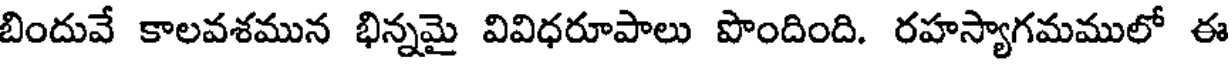
బిందువే కాలవశమున భిన్నమై వివిధరూపాలు పొందింది. రహస్యాగమములో ఈ